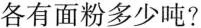
各有面粉多少吨？